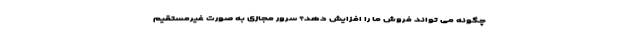
چگونه می تواند فروش ما را افزایش دهد؟ سرور مجازی به صورت غیرمستقیم